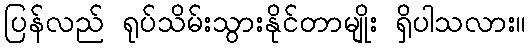
ပြန်လည် ရုပ်သိမ်းသွားနိုင်တာမျိုး ရှိပါသလား။